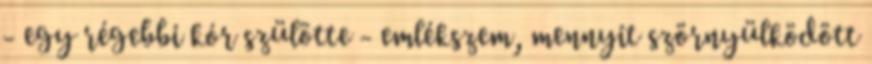
- egy régebbi kór szülötte - emlékszem, mennyit szörnyülködött